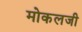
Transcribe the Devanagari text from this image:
मोकलजी